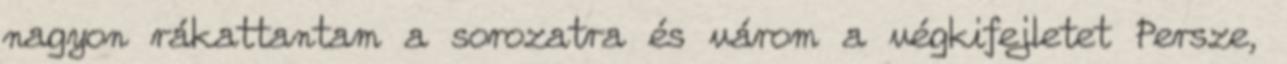
nagyon rákattantam a sorozatra és várom a végkifejletet Persze,